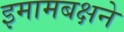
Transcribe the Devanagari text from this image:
इमामबक्षने